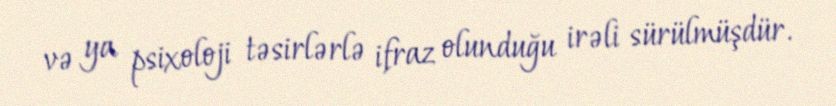
və ya psixoloji təsirlərlə ifraz olunduğu irəli sürülmüşdür.